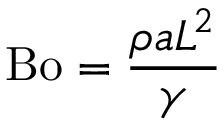
\mathrm { B o } = { \frac { \rho a L ^ { 2 } } { \gamma } }